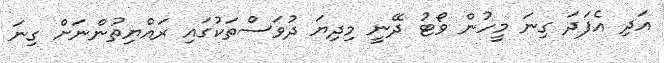
އަދި އެފަދަ ގިނަ މީހުން ވޯޓު ދޭނީ މިދިޔަ ދުވަސްތަކުގައި ރައްޔިތުންނަށް ގިނަ